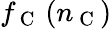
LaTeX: f_{\mathrm{~C~}}\left(n_{\mathrm{~C~}}\right)